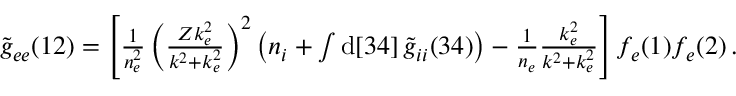
\begin{array} { r } { \widetilde { g } _ { e e } ( 1 2 ) = \left[ \frac { 1 } { n _ { e } ^ { 2 } } \left( \frac { Z k _ { e } ^ { 2 } } { k ^ { 2 } + k _ { e } ^ { 2 } } \right) ^ { 2 } \left( n _ { i } + \int \mathrm { d } [ 3 4 ] \, \widetilde { g } _ { i i } ( 3 4 ) \right) - \frac { 1 } { n _ { e } } \frac { k _ { e } ^ { 2 } } { k ^ { 2 } + k _ { e } ^ { 2 } } \right] f _ { e } ( 1 ) f _ { e } ( 2 ) \, . } \end{array}